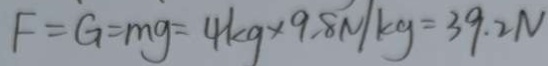
F = G = m g = 4 k g \times 9 . 8 N / k g = 3 9 . 2 N